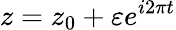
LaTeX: z=z_{0}+\varepsilon e^{i2\pi t}